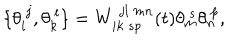
LaTeX: \{ \theta _ { i } ^ { ~ j } , \theta _ { k } ^ { ~ l } \} = W _ { i k ~ s p } ^ { ~ j l ~ m n } ( t ) \theta _ { m } ^ { ~ s } \theta _ { n } ^ { ~ p } ,